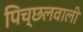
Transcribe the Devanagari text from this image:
पिच्छलवाली